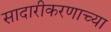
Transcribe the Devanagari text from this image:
सादारीकरणाच्या